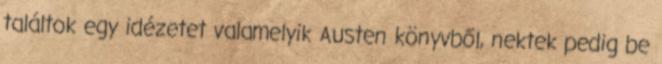
találtok egy idézetet valamelyik Austen könyvből, nektek pedig be